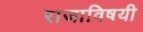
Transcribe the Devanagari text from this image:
राजाविषयी